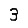
Digit: 3